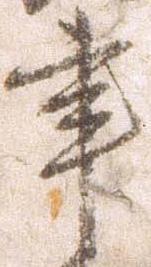
事